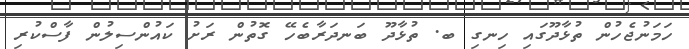
ހަމަނުޖެހުން ތުޅާދޫގައި ހިނގި ބ. ތުޅާދޫ ބަނދަރާބެހޭ ގޮތުން ރަށު ކައުންސިލުން ފާސްކުރި